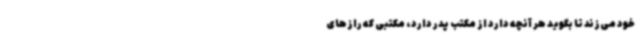
خود می‌زند تا بگوید هر آنچه دارد از مکتب پدر دارد، مکتبی که رازهای